65_HS1-834228961_62-HQ-83894_Section_9
Agency: FBI
Page 229
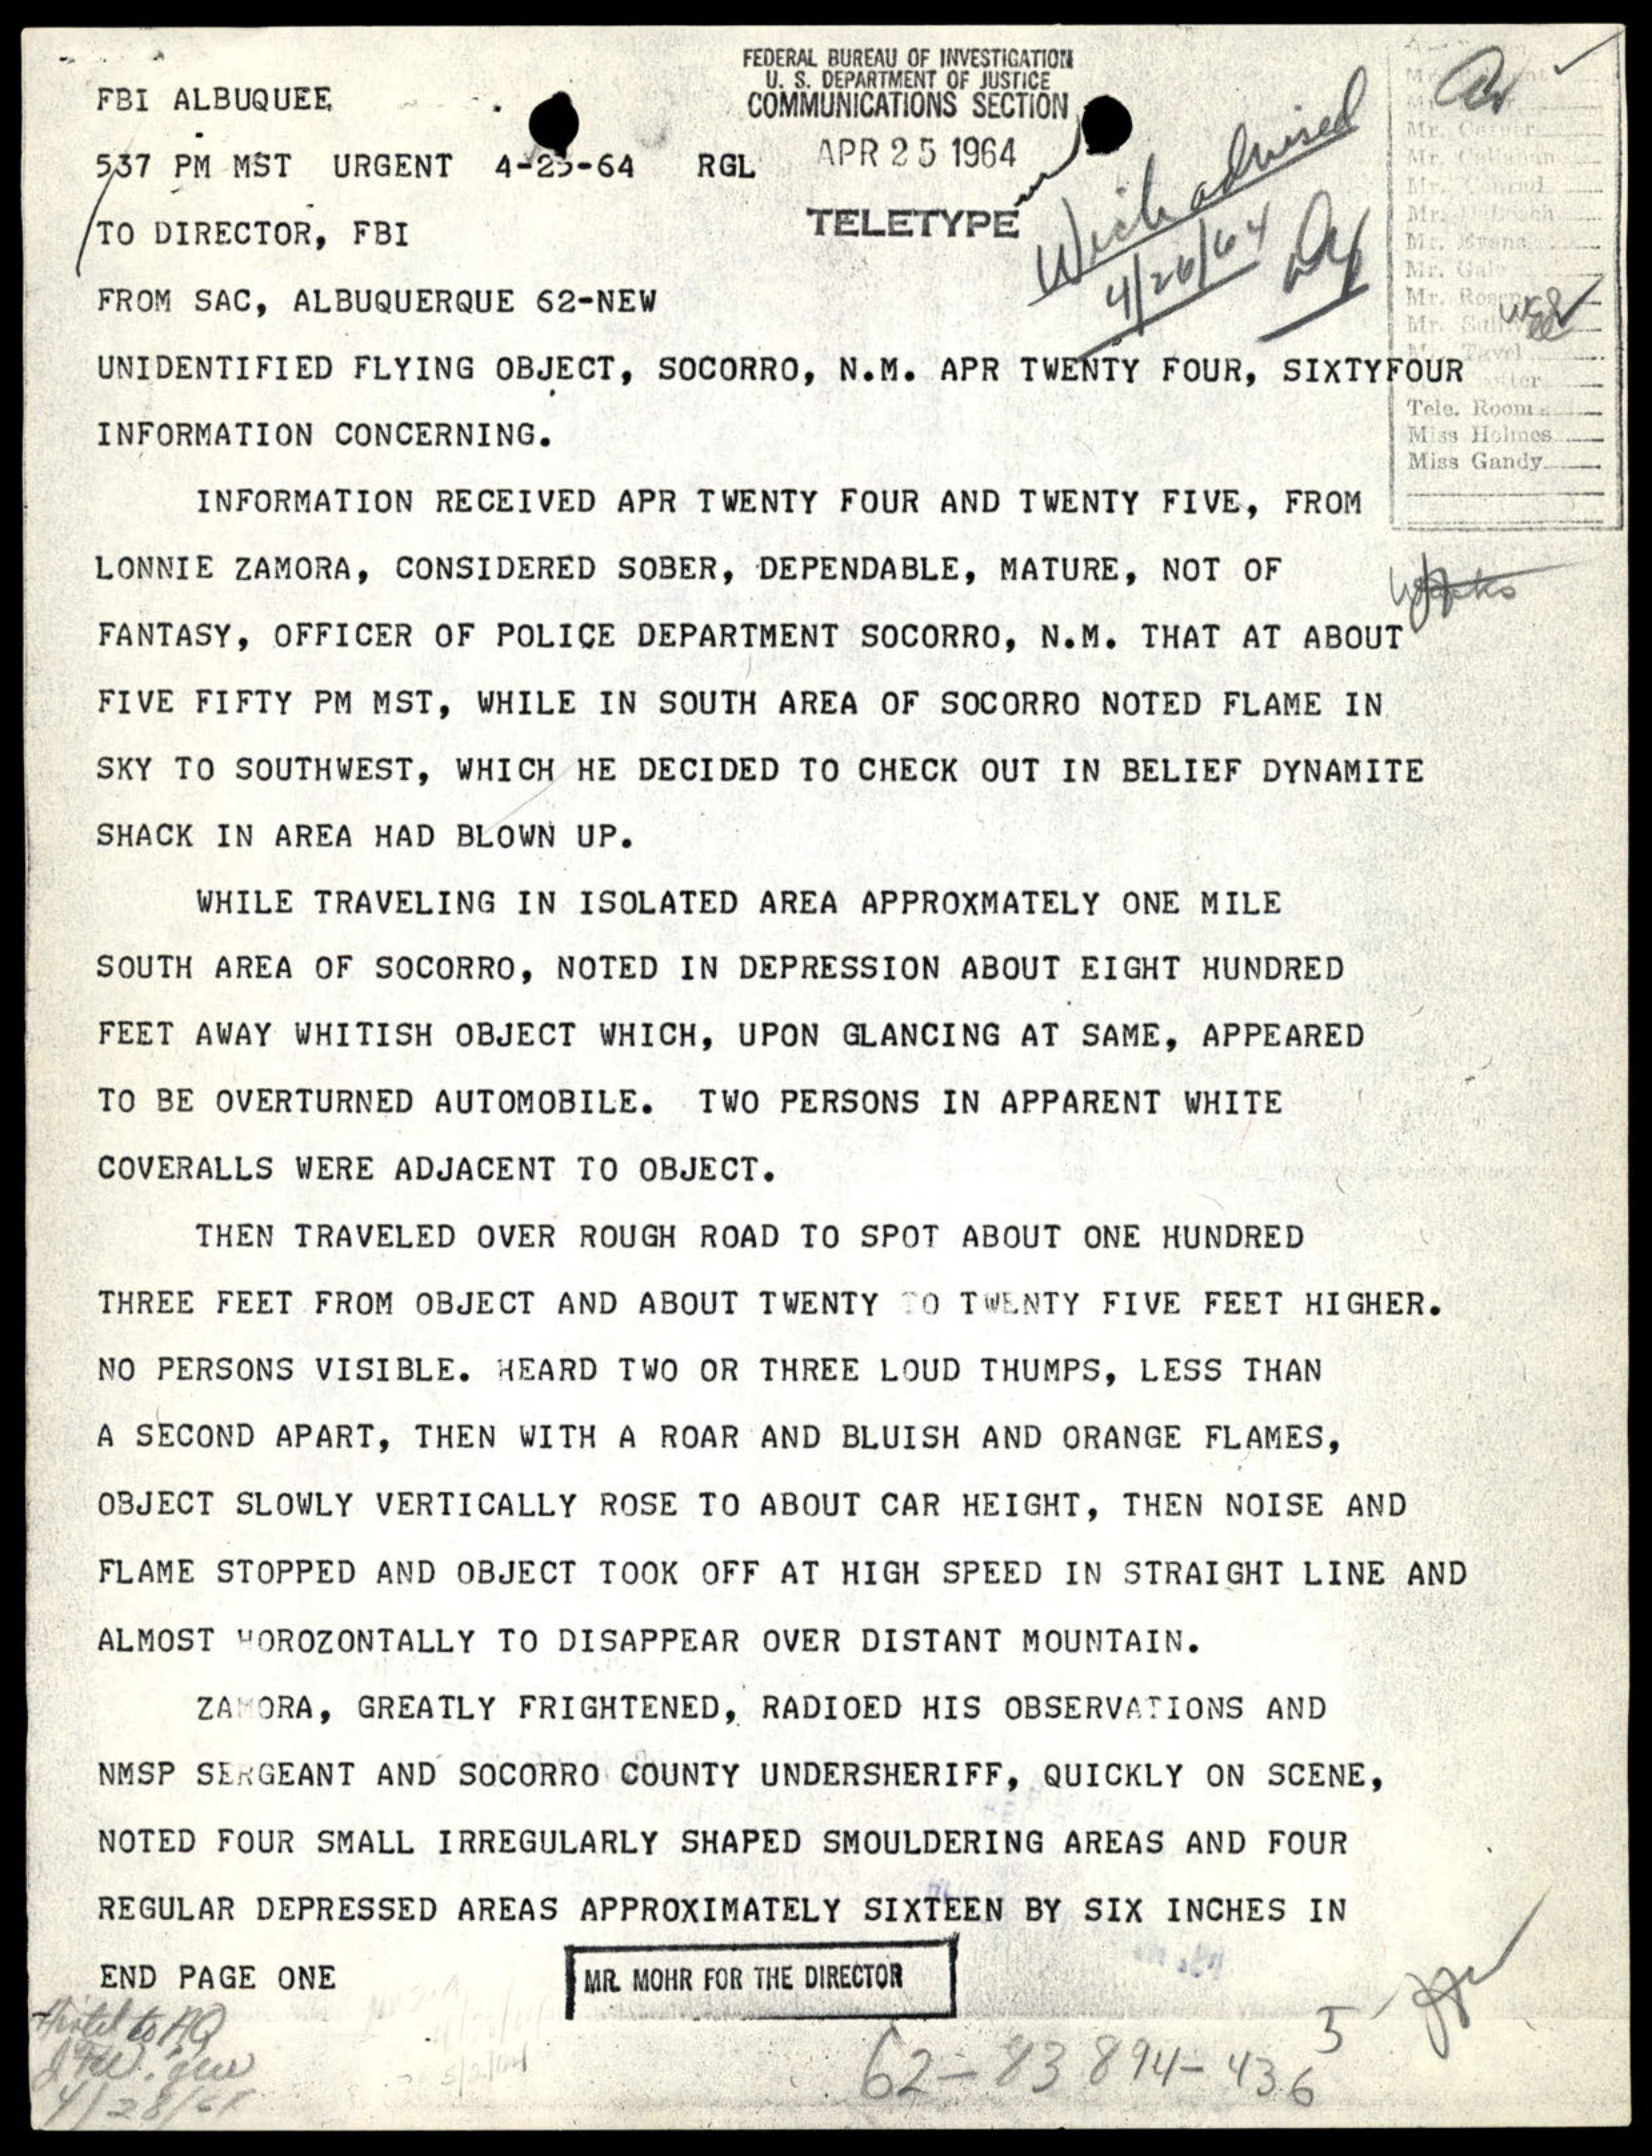